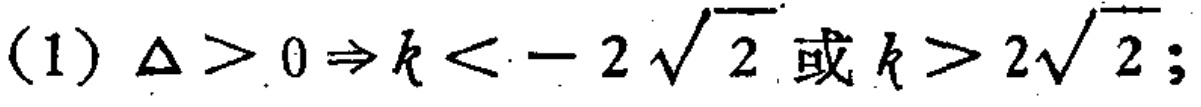
(1) $\Delta>0\Rightarrow k < -2\sqrt{2}\text{ 或 }k > 2\sqrt{2}$;